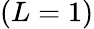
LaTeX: (L=1)